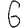
Digit: 6